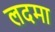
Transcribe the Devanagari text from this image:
लदमा